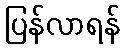
ပြန်လာရန်